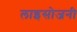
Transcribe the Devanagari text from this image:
लाइसोजनी